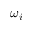
\omega _ { i }